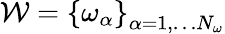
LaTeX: \mathcal{W}=\left\{ \omega_{\alpha}\right\} _{\alpha=1,\dots N_{\omega}}